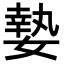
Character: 𡠗